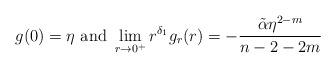
LaTeX: \begin{align*}g(0)=\eta\mbox{ and } \lim_{r\to 0^+}r^{\delta_1} g_r(r)=-\frac{\tilde\alpha \eta^{2-m}}{n-2-2m}\end{align*}